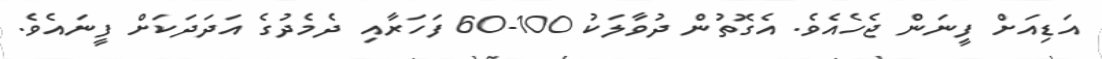
އަޑިއަށް ފީނަން ޖެހެއެވެ. އެގޮތުން ދުވާލަކު 100-60 ފަހަރާއި ދެމެދުގެ އަދަދަކަށް ފީނައެވެ.